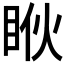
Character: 𱲳